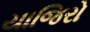
યાજિરો